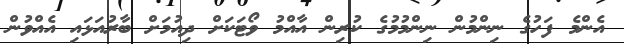
އެންމެ ފަހުގެ ނިންމުން ނިންމުމުގެ ކުރިން އާއްމު ވޯޓަކަށް ދިއުމަށް ބާރުއަޅައި އެއްވުން